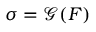
\ { \boldsymbol { \sigma } } = { \mathcal { G } } ( { \boldsymbol { F } } )